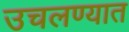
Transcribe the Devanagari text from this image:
उचलण्‍यात